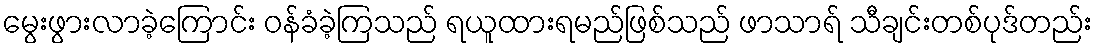
မွေးဖွားလာခဲ့ကြောင်း ဝန်ခံခဲ့ကြသည် ရယူထားရမည်ဖြစ်သည် ဖာသာရ် သီချင်းတစ်ပုဒ်တည်း